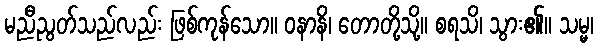
မညီညွတ်သည်လည်း ဖြစ်ကုန်သော။ ဝနာနိ၊ တောတို့သို့။ စရသိ၊ သွား၏။ သမ္မ၊